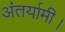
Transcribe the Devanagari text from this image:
अंतर्यामी।